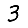
Digit: 3